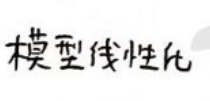
模型线性化